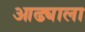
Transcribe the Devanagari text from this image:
आढ्याला